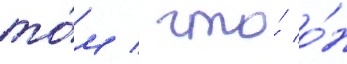
то́м / что́ о́н